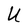
Character: U